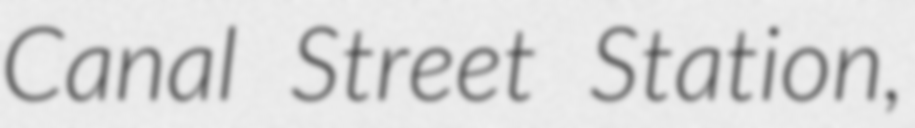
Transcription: Canal Street Station,